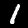
Digit: 1